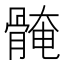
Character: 𱅰